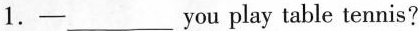
1. ——___you play table tennis?